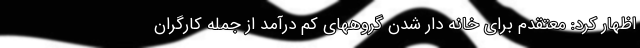
اظهار کرد: معتقدم برای خانه دار شدن گروههای کم درآمد از جمله کارگران